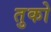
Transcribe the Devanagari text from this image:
तुको